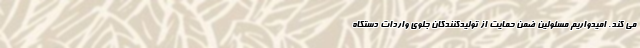
می کند. امیدواریم مسئولین ضمن حمایت از تولیدکنندگان جلوی واردات دستگاه